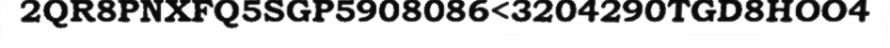
2QR8PNXFQ5SGP5908086<3204290TGD8HOO4